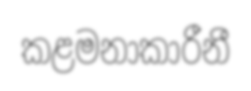
කළමනාකාරීනී